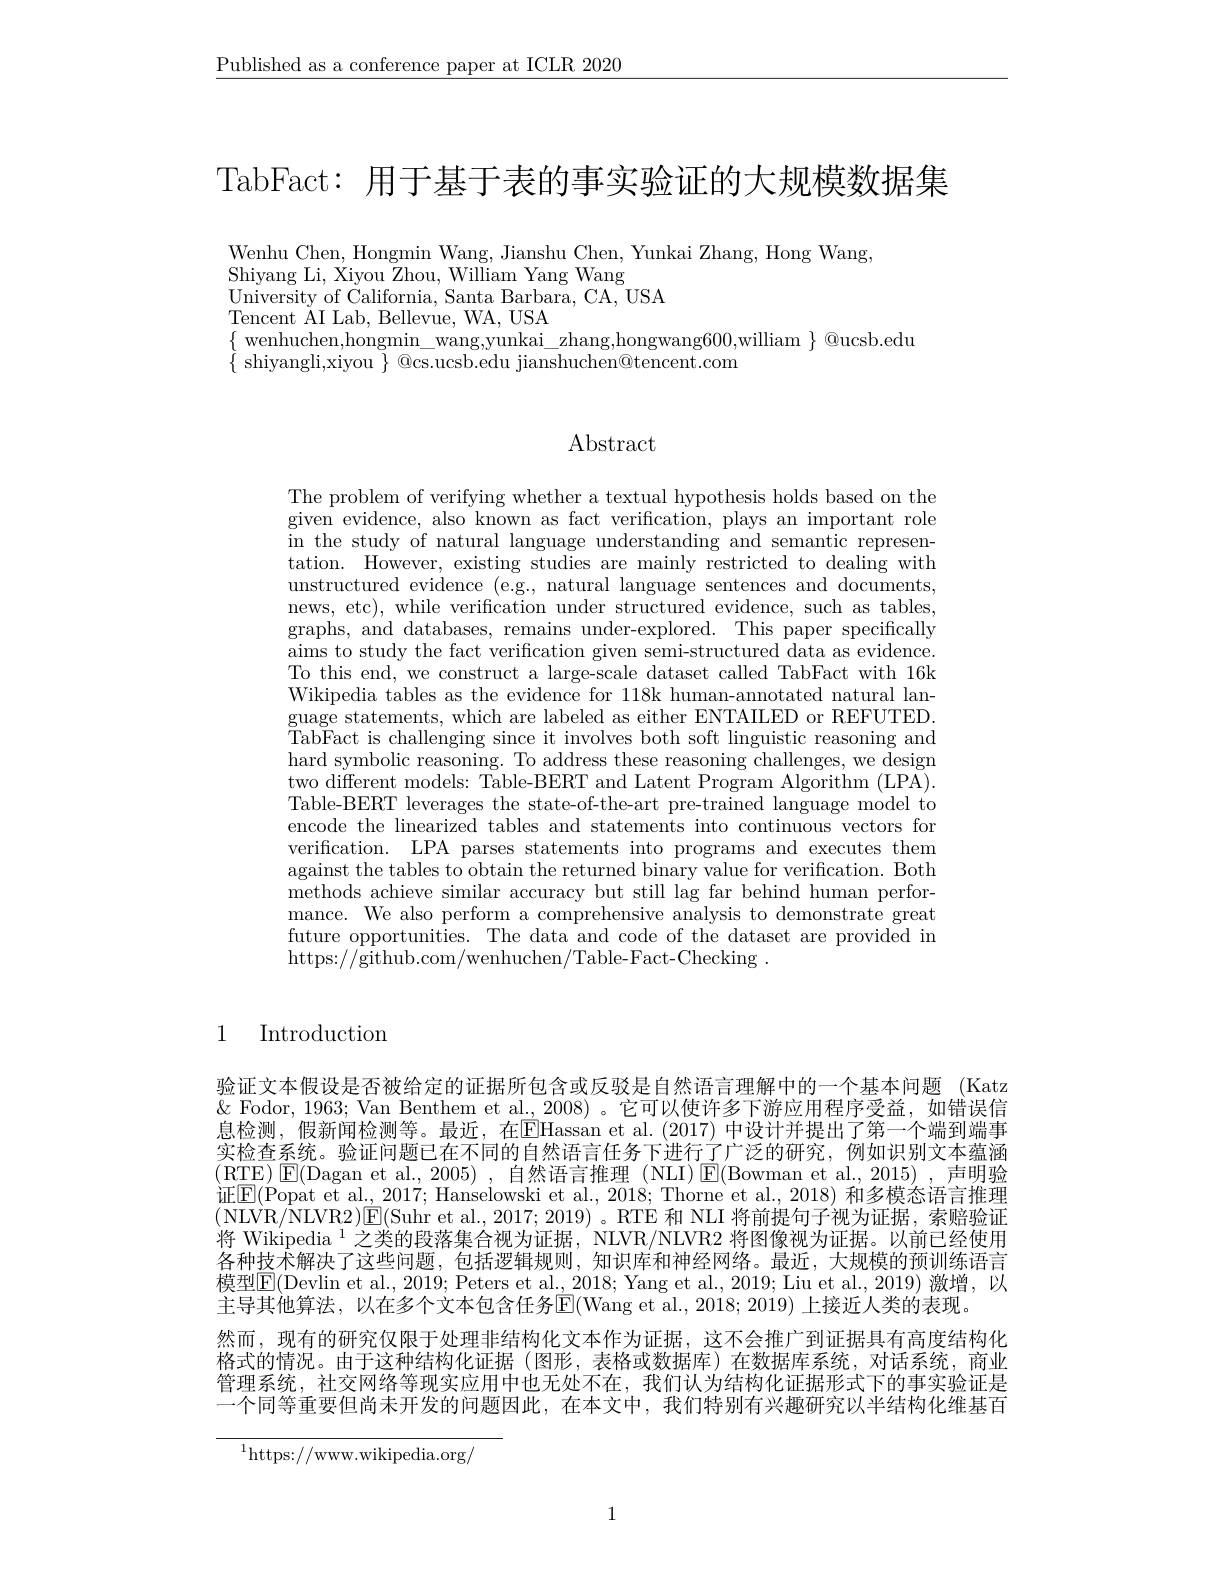
$\underline{\text{Published as a conference paper at ICLR 2020}}$

TabFact: 用于基于表的事实验证的大规模数据集

Wenhu Chen, Hongmin Wang, Jianshu Chen, Yunkai Zhang, Hong Wang,
Shiyang Li, Xiyou Zhou, William Yang Wang
University of California, Santa Barbara, CA, USA
Tencent $\bar{\mathrm{AI~Lab,~Bellevue,~WA,~USA}}$
$\{\begin{array}{ll}{\text{wenhuchen,hongmin_wang,yunkai_zhang,hongwang600,william}}\\{\text{wenhuchen,hongmin_{-wang,yunkai_{-zhang,hongwang600,william}}}}\end{array}\}$@ucsb.edu
$\{$ shiyangli,xiyou $\}$ @cs.ucsb.edu jianshuchen@tencent.com

# Abstract

The problem of verifying whether a textual hypothesis holds based on the given evidence, also known as fact verification, plays an important role in the study of natural language understanding and semantic representation. However, existing studies are mainly restricted to dealing with unstructured evidence (e.g., natural language sentences and documents, news, etc), while verification under structured evidence, such as tables, graphs, and databases, remains under-explored. This paper specifically aims to study the fact verification given semi-structured data as evidence. To this end, we construct a large-scale dataset called TabFact with 16k Wikipedia tables as the evidence for 118k human-annotated natural language statements, which are labeled as either ENTAILED or REFUTED. TabFact is challenging since it involves both soft linguistic reasoning and hard symbolic reasoning. To address these reasoning challenges, we design two different models: Table-BERT and Latent Program Algorithm (LPA). Table-BERT leverages the state-of-the-art pre-trained language model to encode the linearized tables and statements into continuous vectors for verification. LPA parses statements into programs and executes them against the tables to obtain the returned binary value for verification. Both methods achieve similar accuracy but still lag far behind human performance. We also perform a comprehensive analysis to demonstrate great future opportunities. The data and code of the dataset are provided in https://github.com/wenhuchen/Table-Fact-Checking~.

1 Introduction

验证文本假设是否被给定的证据所包含或反驳是自然语言理解中的一个基本问题 (Katz $\&$ Fodor, 1963; Van Benthem et al., 2008)。它可以使许多下游应用程序受益，如错误信息检测，假新闻检测等。最近，在$\overline{\mathrm{E}}$Hassan et al.(2017) 中设计并提出了第一个端到端事实检查系统。验证问题已在不同的自然语言任务下进行了广泛的研究，例如识别文本蕴涵(RTE) E(Dagan et al., 2005) , 自然语言推理 (NLI) $\operatorname{E}($Bowman et al., 2015) ,声明验证$\underline{\mathrm{E}}(\overline{\mathrm{Popat~et~al.,~2017;~Hanselowski~et~al.,~2018;~Thorne~et~al.,~2018)~和多模态语言推理}}$ (NLVR/NLVR2)▣(Suhr et al., 2017; 2019) 。RTE 和 NLI 将前提句子视为证据，索赔验证将 Wikipedia $^1$之类的段落集合视为证据，NLVR/NLVR2 将图像视为证据。以前已经使用各种技术解决了这些问题，包括逻辑规则，知识库和神经网络。最近，大规模的预训练语言$模型$\boxed{\mathrm{F}}($Devlin et al., 2019; Peters et al., 2018; Yang et al., 2019; Liu et al., 2019) 激增，以$ 主导其他算法，以在多个文本包含任务E(Wang et al., 2018; 2019) 上接近人类的表现。
然而，现有的研究仅限于处理非结构化文本作为证据，这不会推广到证据具有高度结构化格式的情况。由于这种结构化证据(图形，表格或数据库)在数据库系统，对话系统，商业管理系统，社交网络等现实应用中也无处不在，我们认为结构化证据形式下的事实验证是一个同等重要但尚未开发的问题因此，在本文中，我们特别有兴趣研究以半结构化维基百

$^{1}$https://www.wikipedia.org/

1